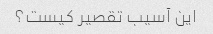
این آسیب تقصیر کیست؟